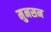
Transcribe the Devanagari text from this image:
मुनसन